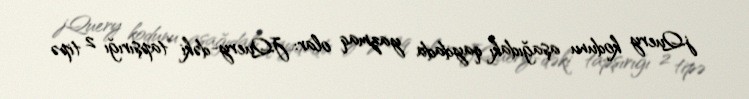
jQuery kodunu aşağıdakı qaydada yazmaq olar: JQuery-dəki tapşırığı 2 tipə